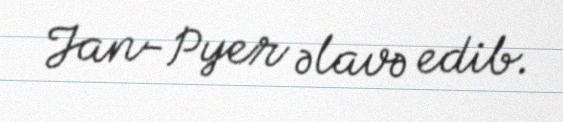
Jan-Pyer əlavə edib.